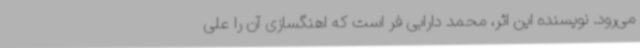
می‌رود. نویسنده این اثر، محمد دارابی فر است که اهنگسازی آن را علی